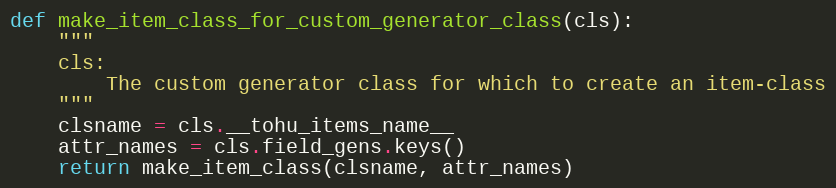
Language: Python
def make_item_class_for_custom_generator_class(cls):
    """
    cls:
        The custom generator class for which to create an item-class
    """
    clsname = cls.__tohu_items_name__
    attr_names = cls.field_gens.keys()
    return make_item_class(clsname, attr_names)